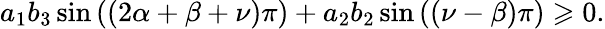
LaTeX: a_{1}b_{3}\sin\left(\left(2\alpha+\beta+\nu\right)\pi\right)+a_{2}b_{2}\sin\left(\left(\nu-\beta\right)\pi\right)\geqslant 0.